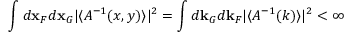
\int d { \bf x } _ { F } d { \bf x } _ { G } \vert \langle { \cal A } ^ { - 1 } ( x , y ) \rangle \vert ^ { 2 } = \int d { \bf k } _ { G } d { \bf k } _ { F } \vert \langle { \cal A } ^ { - 1 } ( k ) \rangle \vert ^ { 2 } < \infty